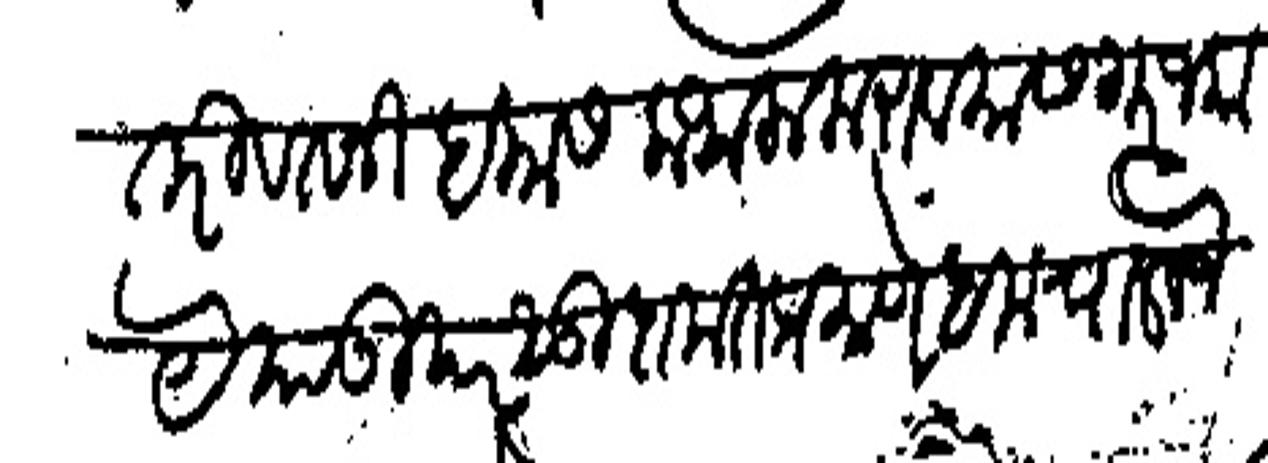
Transliteration (Devanagari): तरी वतनी हकास कंथला करावयास गरज काये याउपर सुदामतप्रमाणे हक चालवणे